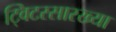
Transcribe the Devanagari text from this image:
ट्विटरसारख्या